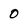
Character: 0